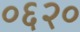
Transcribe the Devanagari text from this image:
०६२०